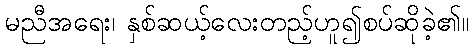
မညီအရေး၊ နှစ်ဆယ့်လေးတည့်ဟူ၍စပ်ဆိုခဲ့၏။